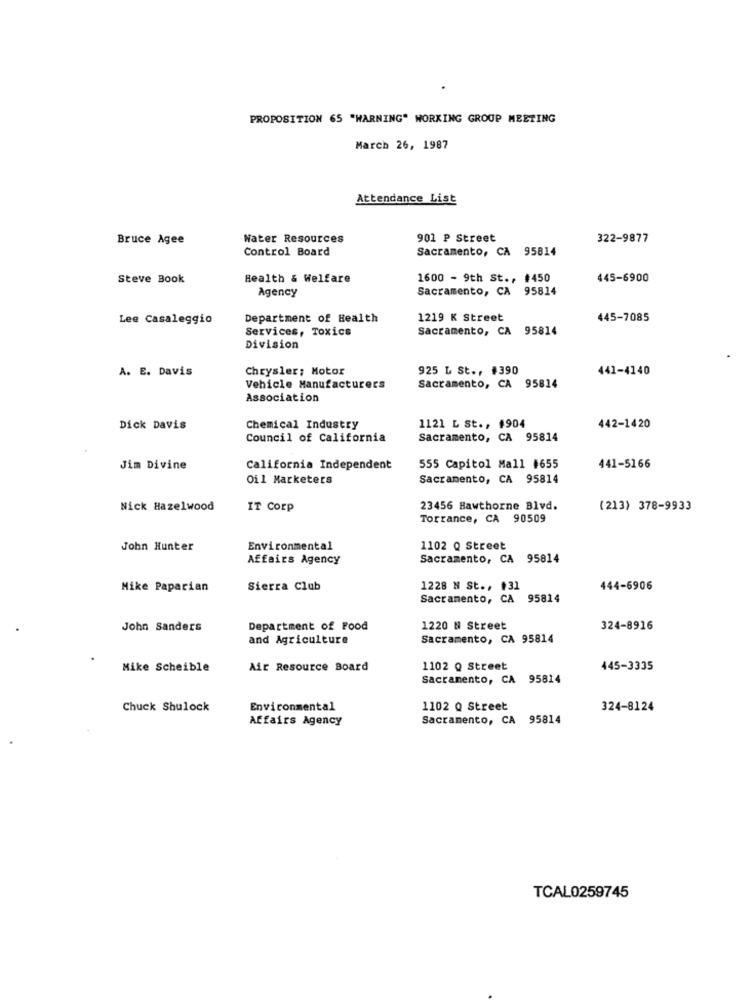
PROPOSITION 65 "WARNING" WORKING GROUP MEETING
March 26, 1987
Attendance List
Bruce Agee
Water Resources
901 P Street
322-9877
Control Board
Sacramento, CA 95814
Steve Book
Health & Welfare
1600 - 9th St ., #450
445-6900
Agency
Sacramento, CA 95814
Lee Casaleggio
Department of Health
1219 K Street
445-7085
Services, Toxics
Sacramento, CA 95814
Division
A. E. Davis
Chrysler; Motor
925 L St ., #390
441-4140
Vehicle Manufacturers
Sacramento, CA 95814
Association
1121 L St ., 1904
Dick Davis
Chemical Industry
442-1420
Council of California
Sacramento, CA 95814
Jim Divine
California Independent
555 Capitol Mall #655
441-5166
Oil Marketers
Sacramento, CA 95814
Nick Hazelwood
IT Corp
23456 Hawthorne Blvd.
(213) 378-9933
Torrance, CA 90509
John Hunter
Environmental
1102 Q Street
Affairs Agency
Sacramento, CA 95814
Mike Paparian
Sierra Club
1228 N St ., $31
444-6906
Sacramento, CA 95814
John Sanders
Department of Food
1220 N Street
324-8916
and Agriculture
Sacramento, CA 95814
Mike Scheible
Air Resource Board
1102 Q Street
445-3335
Sacramento, CA 95814
Chuck Shulock
Environmental
1102 Q Street
324-8124
Affairs Agency
Sacramento, CA 95814
TCAL0259745